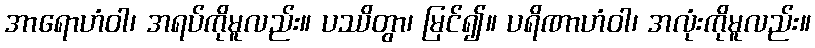
အာရောဟံဝါ၊ အရပ်ကိုမူလည်း။ ပဿိတွာ၊ မြင်၍။ ပရိဏာဟံဝါ၊ အလုံးကိုမူလည်း။